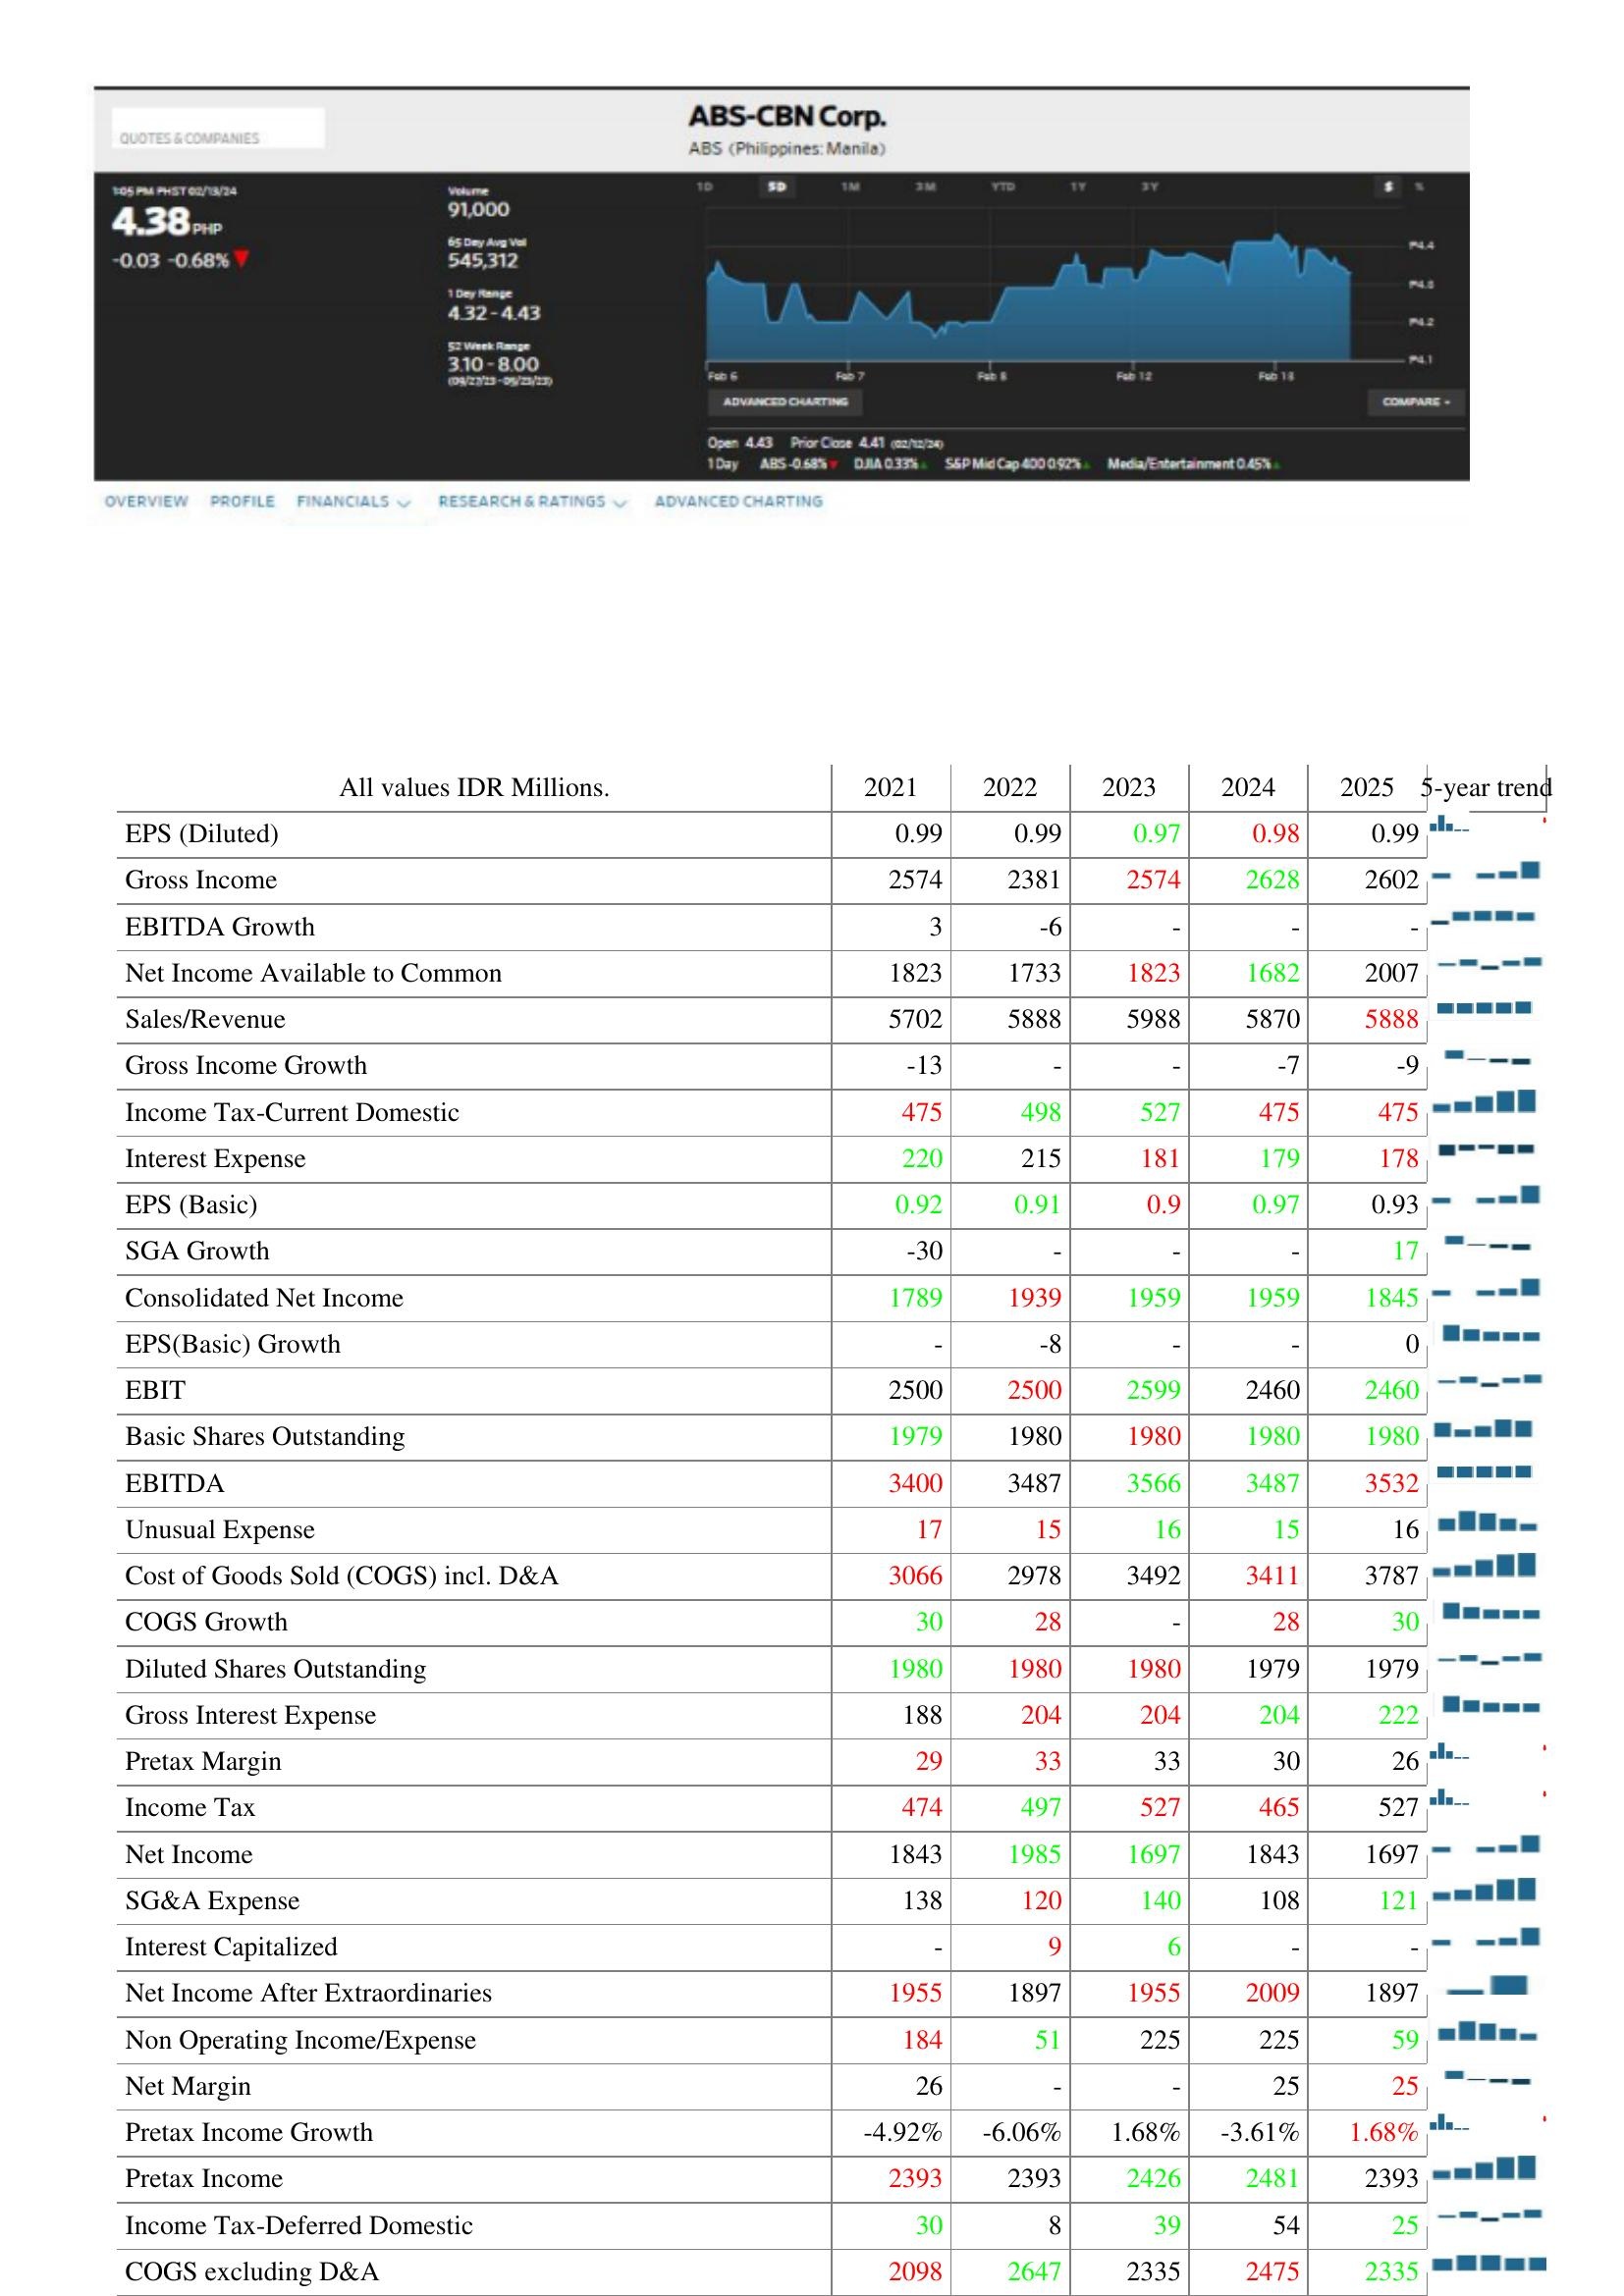
2021: : EPS (Diluted): 0.99
Gross Income: 2574
EBITDA Growth: 3
Net Income Available to Common: 1823
Sales/Revenue: 5702
Gross Income Growth: -13
Income Tax-Current Domestic: 475
Interest Expense: 220
EPS (Basic): 0.92
SGA Growth: -30
Consolidated Net Income: 1789
EPS(Basic) Growth: -
EBIT: 2500
Basic Shares Outstanding: 1979
EBITDA: 3400
Unusual Expense: 17
Cost of Goods Sold (COGS) incl. D&A: 3066
COGS Growth: 30
Diluted Shares Outstanding: 1980
Gross Interest Expense: 188
Pretax Margin: 29
Income Tax: 474
Net Income: 1843
SG&A Expense: 138
Interest Capitalized: -
Net Income After Extraordinaries: 1955
Non Operating Income/Expense: 184
Net Margin: 26
Pretax Income Growth: -4.92%
Pretax Income: 2393
Income Tax-Deferred Domestic: 30
COGS excluding D&A: 2098
2022: : EPS (Diluted): 0.99
Gross Income: 2381
EBITDA Growth: -6
Net Income Available to Common: 1733
Sales/Revenue: 5888
Gross Income Growth: -
Income Tax-Current Domestic: 498
Interest Expense: 215
EPS (Basic): 0.91
SGA Growth: -
Consolidated Net Income: 1939
EPS(Basic) Growth: -8
EBIT: 2500
Basic Shares Outstanding: 1980
EBITDA: 3487
Unusual Expense: 15
Cost of Goods Sold (COGS) incl. D&A: 2978
COGS Growth: 28
Diluted Shares Outstanding: 1980
Gross Interest Expense: 204
Pretax Margin: 33
Income Tax: 497
Net Income: 1985
SG&A Expense: 120
Interest Capitalized: 9
Net Income After Extraordinaries: 1897
Non Operating Income/Expense: 51
Net Margin: -
Pretax Income Growth: -6.06%
Pretax Income: 2393
Income Tax-Deferred Domestic: 8
COGS excluding D&A: 2647
2023: : EPS (Diluted): 0.97
Gross Income: 2574
EBITDA Growth: -
Net Income Available to Common: 1823
Sales/Revenue: 5988
Gross Income Growth: -
Income Tax-Current Domestic: 527
Interest Expense: 181
EPS (Basic): 0.9
SGA Growth: -
Consolidated Net Income: 1959
EPS(Basic) Growth: -
EBIT: 2599
Basic Shares Outstanding: 1980
EBITDA: 3566
Unusual Expense: 16
Cost of Goods Sold (COGS) incl. D&A: 3492
COGS Growth: -
Diluted Shares Outstanding: 1980
Gross Interest Expense: 204
Pretax Margin: 33
Income Tax: 527
Net Income: 1697
SG&A Expense: 140
Interest Capitalized: 6
Net Income After Extraordinaries: 1955
Non Operating Income/Expense: 225
Net Margin: -
Pretax Income Growth: 1.68%
Pretax Income: 2426
Income Tax-Deferred Domestic: 39
COGS excluding D&A: 2335
2024: : EPS (Diluted): 0.98
Gross Income: 2628
EBITDA Growth: -
Net Income Available to Common: 1682
Sales/Revenue: 5870
Gross Income Growth: -7
Income Tax-Current Domestic: 475
Interest Expense: 179
EPS (Basic): 0.97
SGA Growth: -
Consolidated Net Income: 1959
EPS(Basic) Growth: -
EBIT: 2460
Basic Shares Outstanding: 1980
EBITDA: 3487
Unusual Expense: 15
Cost of Goods Sold (COGS) incl. D&A: 3411
COGS Growth: 28
Diluted Shares Outstanding: 1979
Gross Interest Expense: 204
Pretax Margin: 30
Income Tax: 465
Net Income: 1843
SG&A Expense: 108
Interest Capitalized: -
Net Income After Extraordinaries: 2009
Non Operating Income/Expense: 225
Net Margin: 25
Pretax Income Growth: -3.61%
Pretax Income: 2481
Income Tax-Deferred Domestic: 54
COGS excluding D&A: 2475
2025: : EPS (Diluted): 0.99
Gross Income: 2602
EBITDA Growth: -
Net Income Available to Common: 2007
Sales/Revenue: 5888
Gross Income Growth: -9
Income Tax-Current Domestic: 475
Interest Expense: 178
EPS (Basic): 0.93
SGA Growth: 17
Consolidated Net Income: 1845
EPS(Basic) Growth: 0
EBIT: 2460
Basic Shares Outstanding: 1980
EBITDA: 3532
Unusual Expense: 16
Cost of Goods Sold (COGS) incl. D&A: 3787
COGS Growth: 30
Diluted Shares Outstanding: 1979
Gross Interest Expense: 222
Pretax Margin: 26
Income Tax: 527
Net Income: 1697
SG&A Expense: 121
Interest Capitalized: -
Net Income After Extraordinaries: 1897
Non Operating Income/Expense: 59
Net Margin: 25
Pretax Income Growth: 1.68%
Pretax Income: 2393
Income Tax-Deferred Domestic: 25
COGS excluding D&A: 2335